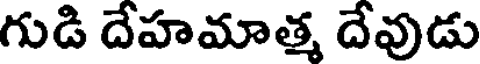
గుడి దేహమాత్మ దేవుడు